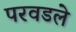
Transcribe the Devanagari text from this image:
परवडले